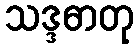
သဒ္ဒဓာတု